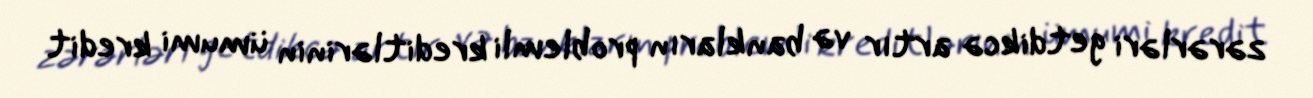
zərərləri getdikcə artır və bankların problemli kreditlərinin ümumi kredit